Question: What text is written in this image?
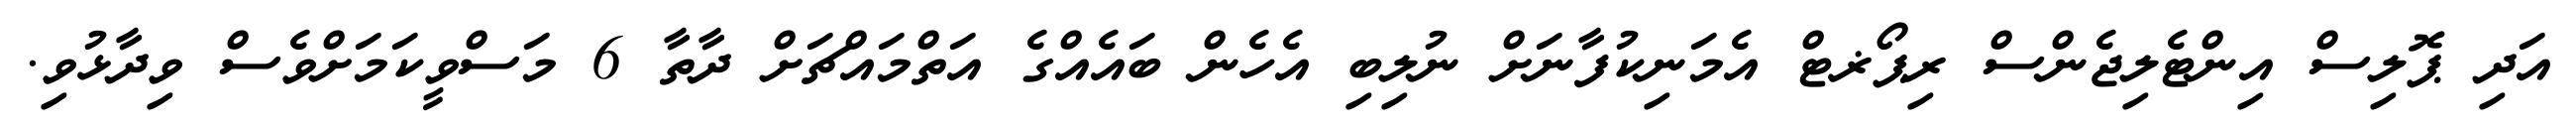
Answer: އަދި ޕޮލިސް އިންޓެލިޖެންސް ރިޕޯޜޓް އެމަނިކުފާނަށް ނުލިބި އެހެން ބައެއްގެ އަތްމައްޗަށް ދާތާ 6 މަސްވީކަމަށްވެސް ވިދާޅުވި.